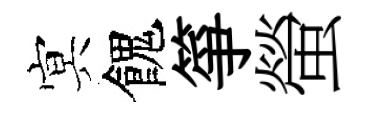
㝠餽箏螢